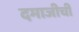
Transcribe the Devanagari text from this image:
दमाजीची